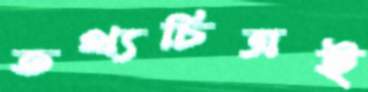
তথ্যচিত্রই